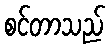
စင်တာသည်